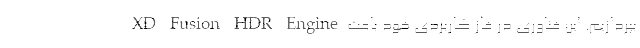
XD Fusion HDR Engine بپردازیم. این فناوری در فاز کاربردی خود باعث